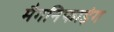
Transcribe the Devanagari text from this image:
मैगनिफाइंग